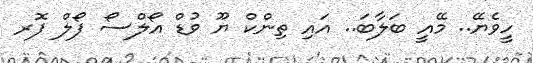
ހީވެޔޭ.. މޭއީ ބަލާބަ.. އައި ތިންކް ޔޫ ވުޑް އޯލްސޯ ފޯލް ފޮރ